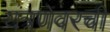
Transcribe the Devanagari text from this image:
यंत्रणेवरची